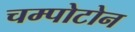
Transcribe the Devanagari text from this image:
चम्पोटोन